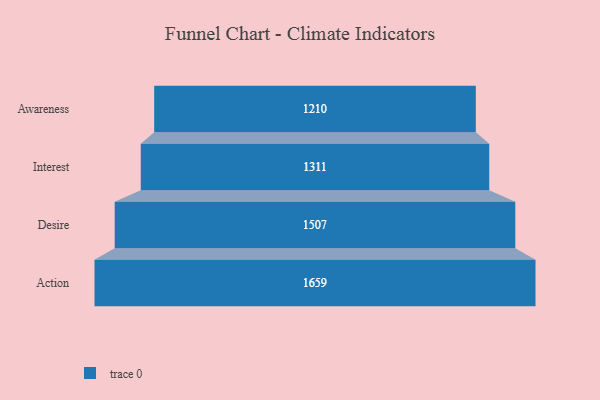
{"axis": {"x": "Stage", "y": "Value"}, "legend": [""], "data": [{"x": "Awareness", "y": 1210.0, "type": ""}, {"x": "Interest", "y": 1311.0, "type": ""}, {"x": "Desire", "y": 1507.0, "type": ""}, {"x": "Action", "y": 1659.0, "type": ""}]}